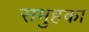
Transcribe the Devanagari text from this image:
समुहका